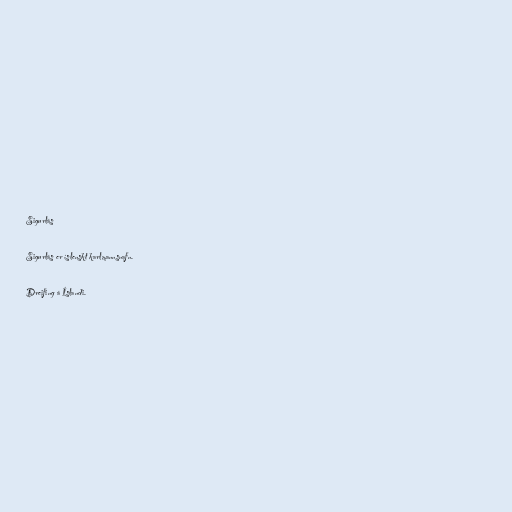
Sigurlás

Sigurlás er íslenskt karlmannsnafn.

Dreifing á Íslandi.